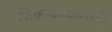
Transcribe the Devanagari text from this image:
शिकविण्यासाठीं